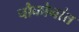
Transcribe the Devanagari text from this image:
चौकोनांत